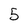
Character: 5